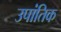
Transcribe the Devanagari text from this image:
उपांतिक